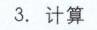
3. 计算